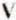
V